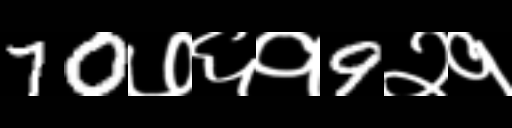
Text: 70७६१9२१